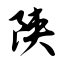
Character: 陕